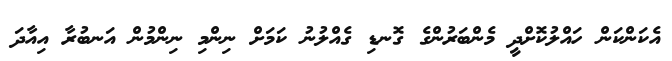
އެކަންކަން ހައްލުކޮށްދީ މެންބަރުންގެ ގޮނޑި ގެއްލުނު ކަމަށް ނިންމި ނިންމުން އަނބުރާ އިއާދަ